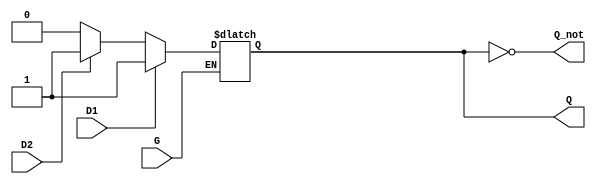
module dual_input_gated_latch (
    input wire D1,      // First data input
    input wire D2,      // Second data input
    input wire G,       // Enable signal
    output reg Q,       // Output
    output wire Q_not   // Complement of the output Q
);

    // Assign the complement of Q
    assign Q_not = ~Q;

    // Always block to implement the gated latch behavior
    always @(*) begin
        if (G) begin
            // When G is HIGH, sample the inputs
            if (D1) begin
                Q = 1'b1;  // Prioritize D1 when HIGH
            end else if (D2) begin
                Q = 1'b1;  // D2 can also set Q HIGH
            end else begin
                Q = 1'b0;  // Both inputs LOW
            end
        end
        // When G is LOW, retain the last state of Q
    end

endmodule